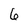
Character: 6